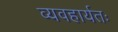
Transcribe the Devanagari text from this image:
व्यवहार्यतः